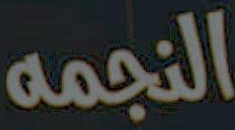
النجمه